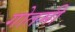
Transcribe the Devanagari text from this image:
गोतमी